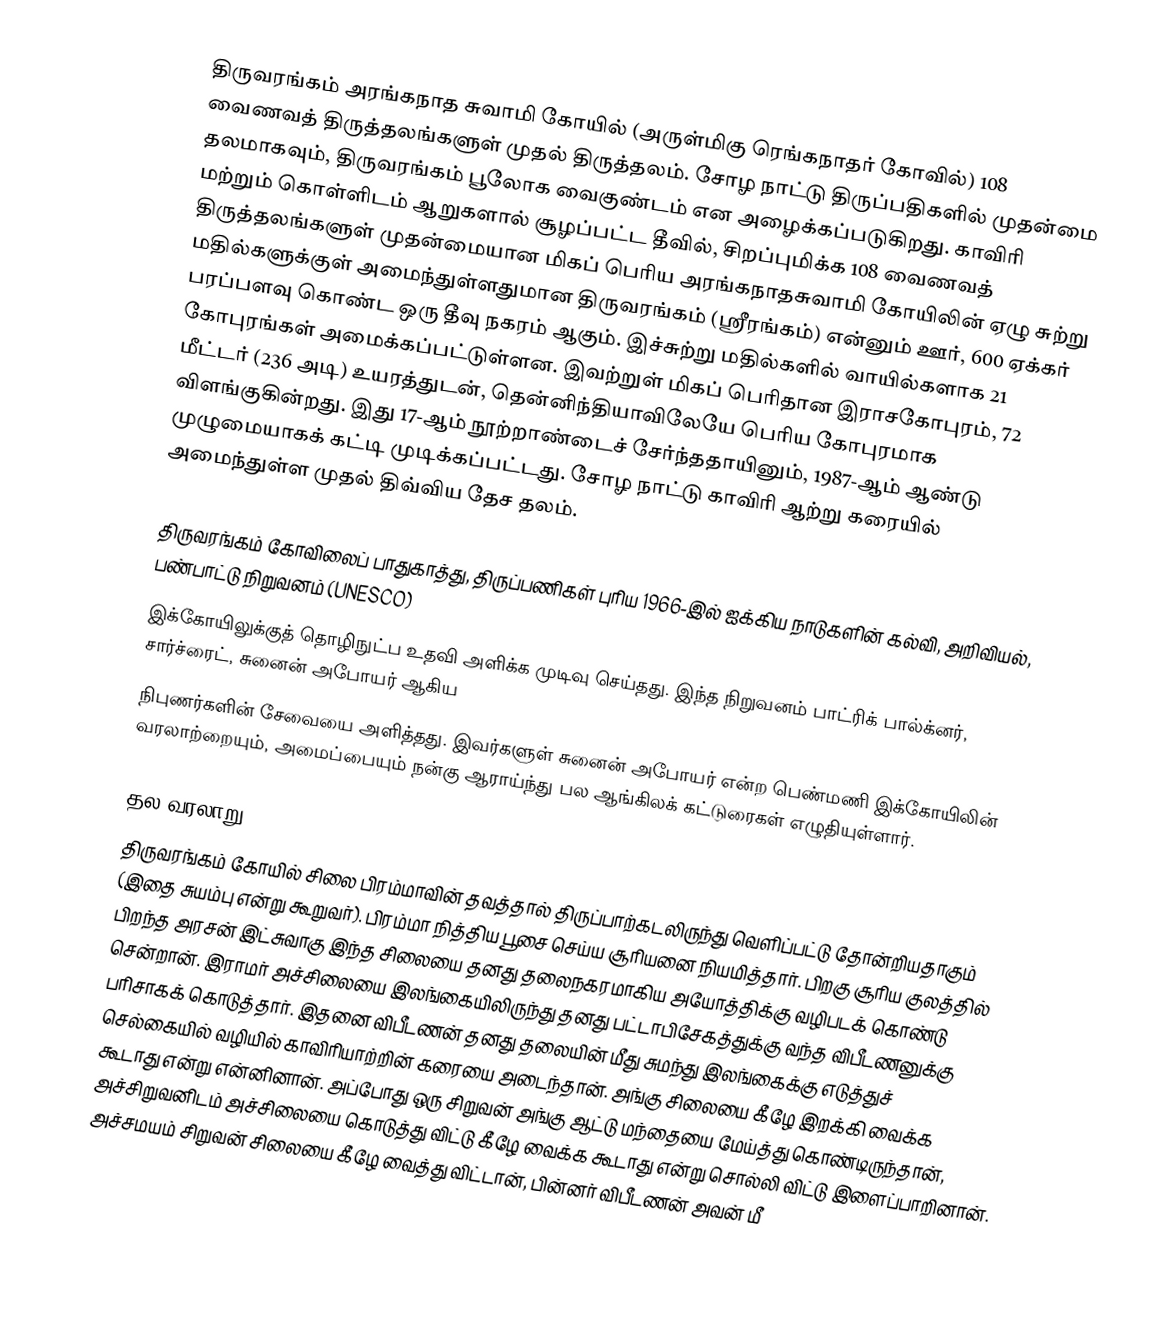
திருவரங்கம் அரங்கநாத சுவாமி கோயில் (அருள்மிகு ரெங்கநாதர் கோவில்) 108 வைணவத் திருத்தலங்களுள் முதல் திருத்தலம். சோழ நாட்டு திருப்பதிகளில் முதன்மை தலமாகவும், திருவரங்கம் பூலோக வைகுண்டம் என அழைக்கப்படுகிறது. காவிரி மற்றும் கொள்ளிடம் ஆறுகளால் சூழப்பட்ட தீவில், சிறப்புமிக்க 108 வைணவத் திருத்தலங்களுள் முதன்மையான மிகப் பெரிய அரங்கநாதசுவாமி கோயிலின் ஏழு சுற்று மதில்களுக்குள் அமைந்துள்ளதுமான திருவரங்கம் (ஸ்ரீரங்கம்) என்னும் ஊர், 600 ஏக்கர் பரப்பளவு கொண்ட ஒரு தீவு நகரம் ஆகும். இச்சுற்று மதில்களில் வாயில்களாக 21 கோபுரங்கள் அமைக்கப்பட்டுள்ளன. இவற்றுள் மிகப் பெரிதான இராசகோபுரம், 72 மீட்டர் (236 அடி) உயரத்துடன், தென்னிந்தியாவிலேயே பெரிய கோபுரமாக விளங்குகின்றது. இது 17-ஆம் நூற்றாண்டைச் சேர்ந்ததாயினும், 1987-ஆம் ஆண்டு முழுமையாகக் கட்டி முடிக்கப்பட்டது. சோழ நாட்டு காவிரி ஆற்று கரையில் அமைந்துள்ள முதல் திவ்விய தேச தலம்.

திருவரங்கம் கோவிலைப் பாதுகாத்து, திருப்பணிகள் புரிய 1966-இல் ஐக்கிய நாடுகளின் கல்வி, அறிவியல், பண்பாட்டு நிறுவனம் (UNESCO)
இக்கோயிலுக்குத் தொழிநுட்ப உதவி அளிக்க முடிவு செய்தது. இந்த நிறுவனம் பாட்ரிக் பால்க்னர், சார்ச்ரைட், சுனைன் அபோயர் ஆகிய
நிபுணர்களின் சேவையை அளித்தது. இவர்களுள் சுனைன் அபோயர் என்ற பெண்மணி இக்கோயிலின் வரலாற்றையும், அமைப்பையும் நன்கு ஆராய்ந்து பல ஆங்கிலக் கட்டுரைகள் எழுதியுள்ளார்.

தல வரலாறு
திருவரங்கம் கோயில் சிலை பிரம்மாவின் தவத்தால் திருப்பாற்கடலிருந்து வெளிப்பட்டு தோன்றியதாகும் (இதை சுயம்பு என்று கூறுவர்). பிரம்மா நித்திய பூசை செய்ய சூரியனை நியமித்தார். பிறகு சூரிய குலத்தில் பிறந்த அரசன் இட்சுவாகு இந்த சிலையை தனது தலைநகரமாகிய அயோத்திக்கு வழிபடக் கொண்டு சென்றான். இராமர் அச்சிலையை இலங்கையிலிருந்து தனது பட்டாபிசேகத்துக்கு வந்த விபீடணனுக்கு பரிசாகக் கொடுத்தார். இதனை விபீடணன் தனது தலையின் மீது சுமந்து இலங்கைக்கு எடுத்துச் செல்கையில் வழியில் காவிரியாற்றின் கரையை அடைந்தான். அங்கு சிலையை கீழே இறக்கி வைக்க கூடாது என்று என்னினான். அப்போது ஒரு சிறுவன் அங்கு ஆட்டு மந்தையை மேய்த்து கொண்டிருந்தான், அச்சிறுவனிடம் அச்சிலையை கொடுத்து விட்டு கீழே வைக்க கூடாது என்று சொல்லி விட்டு இளைப்பாறினான். அச்சமயம் சிறுவன் சிலையை கீழே வைத்து விட்டான், பின்னர் விபீடணன்  அவன் மீ